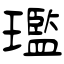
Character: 璼